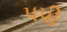
પપી